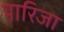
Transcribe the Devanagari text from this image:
पारिजा